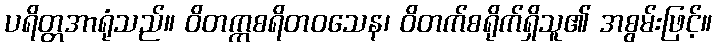
ပရိတ္တအာရုံသည်။ ဝိတက္ကစရိတဝသေန၊ ဝိတက်စရိုက်ရှိသူ၏ အစွမ်းဖြင့်။